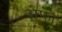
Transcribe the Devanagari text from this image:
अफा